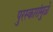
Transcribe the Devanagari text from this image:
पुरस्कारांमुळे